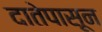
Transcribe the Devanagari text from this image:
दातेपासून